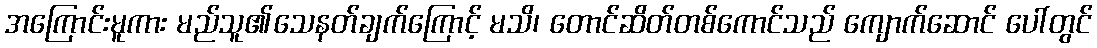
အကြောင်းမူကား မည်သူ၏သေနတ်ချက်ကြောင့် မသိ၊ တောင်ဆိတ်တစ်ကောင်သည် ကျောက်ဆောင် ပေါ်တွင်